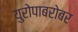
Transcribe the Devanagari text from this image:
युरोपाबरोबर